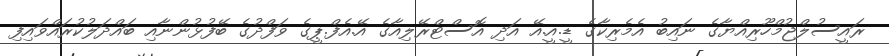
ރައީސުލްޖުމްހޫރިއްޔާގެ ނައިބު އެމެރިކާގެ ޑީ.އީ.އޭ އަދި އޮސްޓްރޭލިއާގެ އޭ.އެފް.ޕީގެ ވަފްދުގެ ބޭފުޅުންނާއި ބައްދަލުކުރައްވައިފި